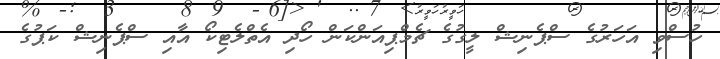
ހުސްވި އަހަރުގެ ސްޕެނިޝް ލީގުގެ ޗެމްޕިއަންކަން ހޯދި އެތްލެޓިކޯ އާއި ސްޕެނިޝް ކަޕުގެ